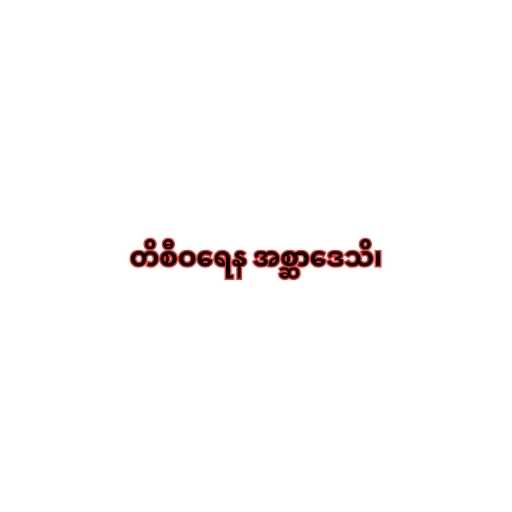
တိစီဝရေန အစ္ဆာဒေသိ၊